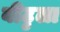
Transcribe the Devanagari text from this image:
बीटुला